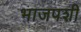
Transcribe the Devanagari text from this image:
भाजपशी